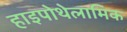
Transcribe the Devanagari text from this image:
हाइपोथेलामिक